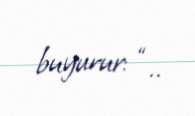
buyurur: “..